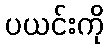
ပယင်းကို